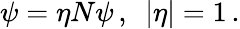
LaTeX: \psi=\eta N\psi\, ,\ \ |\eta|=1\, .